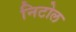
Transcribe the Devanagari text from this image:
निटोल